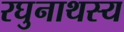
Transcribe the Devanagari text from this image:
रघुनाथस्य